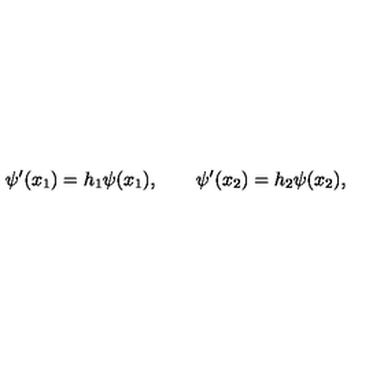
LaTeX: \psi ^ { \prime } ( x _ { 1 } ) = h _ { 1 } \psi ( x _ { 1 } ) , \qquad \psi ^ { \prime } ( x _ { 2 } ) = h _ { 2 } \psi ( x _ { 2 } ) ,